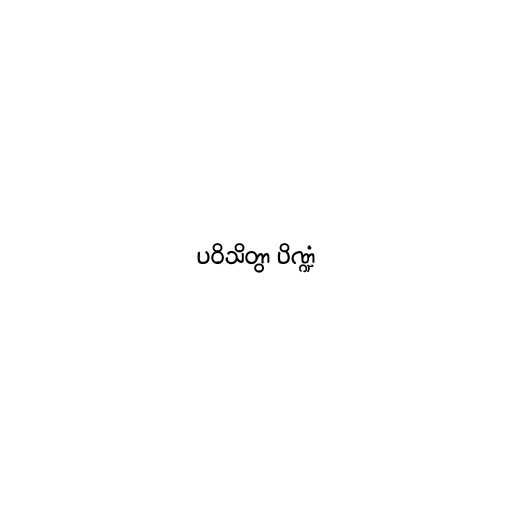
ပဝိသိတွာ ပိဏ္ဍံ